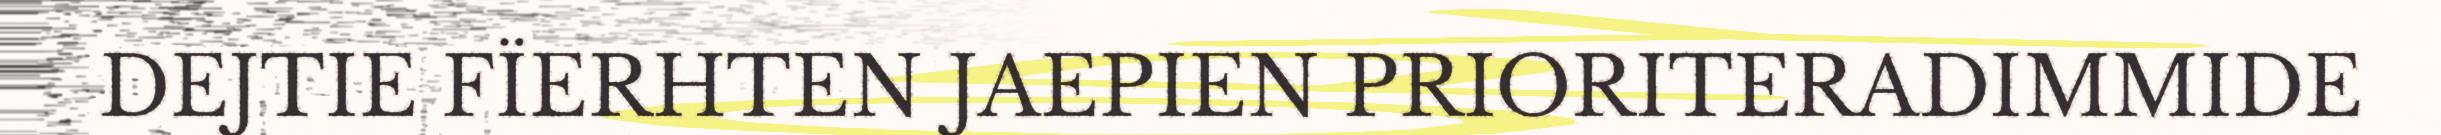
DEJTIE FÏERHTEN JAEPIEN PRIORITERADIMMIDE